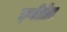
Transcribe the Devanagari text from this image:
इण्टीग्रेट